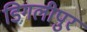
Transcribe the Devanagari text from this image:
डिगलीपुर